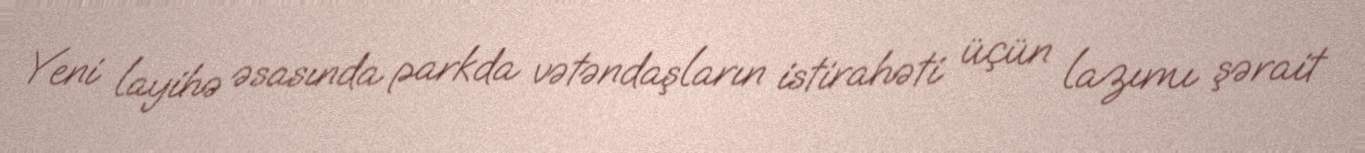
Yeni layihə əsasında parkda vətəndaşların istirahəti üçün lazımı şərait